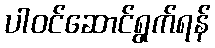
ပါဝင်ဆောင်ရွက်ရန်